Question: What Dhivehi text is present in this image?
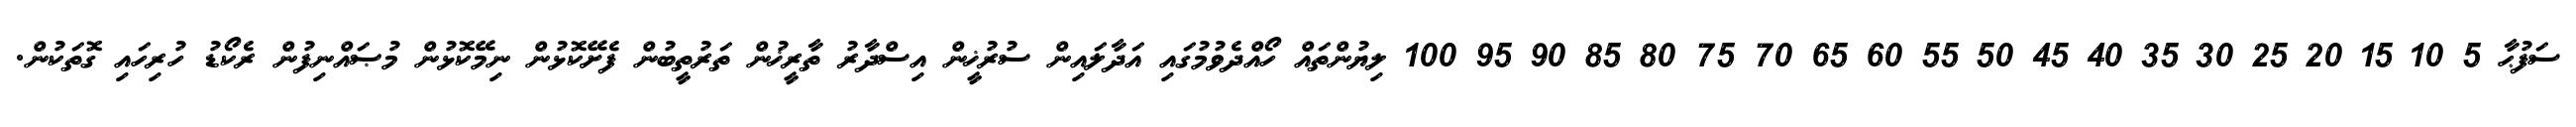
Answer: ސަފުޙާ 5 10 15 20 25 30 35 40 45 50 55 60 65 70 75 80 85 90 95 100 ލިޔުންތައް ހޯއްދެވުމުގައި އަދާލައިން ސުރުޚީން އިސްދާރު ތާރީޚުން ތަރުތީބުން ފެށޭކޮޅުން ނިމޭކޮޅުން މުޞައްނިފުން ރެކޯޑު ހުރިހައި ގޮތަކުން.